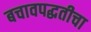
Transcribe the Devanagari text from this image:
बचावपद्धतीचा